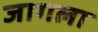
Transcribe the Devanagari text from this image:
जागला